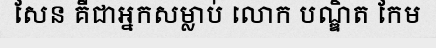
សែន គឺជាអ្នកសម្លាប់ លោក បណ្ឌិត កែម